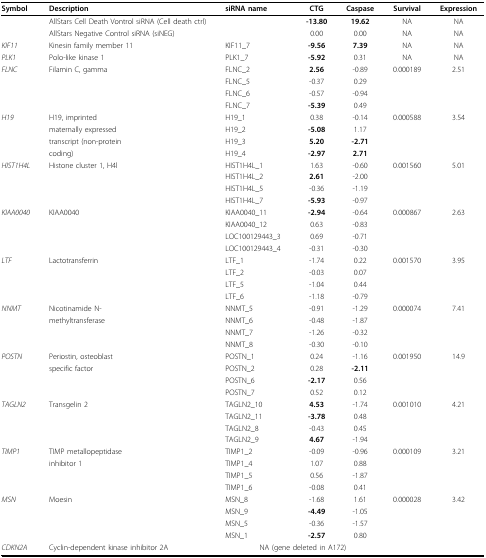
<table><thead><tr><td><b>Symbol</b></td><td><b>Description</b></td><td><b>siRNA name</b></td><td><b>CTG</b></td><td><b>Caspase</b></td><td><b>Survival</b></td><td><b>Expression</b></td></tr></thead><tbody><tr><td></td><td>AllStars Cell Death Vontrol siRNA (Cell death ctrl)</td><td></td><td><b>-13.80</b></td><td><b>19.62</b></td><td>NA</td><td>NA</td></tr><tr><td></td><td>AllStars Negative Control siRNA (siNEG)</td><td></td><td>0.00</td><td>0.00</td><td>NA</td><td>NA</td></tr><tr><td><i>KIF11</i></td><td>Kinesin family member 11</td><td>KIF11_7</td><td><b>-9.56</b></td><td><b>7.39</b></td><td>NA</td><td>NA</td></tr><tr><td><i>PLK1</i></td><td>Polo-like kinase 1</td><td>PLK1_7</td><td><b>-5.92</b></td><td>0.31</td><td>NA</td><td>NA</td></tr><tr><td><i>FLNC</i></td><td>Filamin C, gamma</td><td>FLNC_2</td><td><b>2.56</b></td><td>-0.89</td><td>0.000189</td><td>2.51</td></tr><tr><td></td><td></td><td>FLNC_5</td><td>-0.37</td><td>0.29</td><td></td><td></td></tr><tr><td></td><td></td><td>FLNC_6</td><td>-0.57</td><td>-0.94</td><td></td><td></td></tr><tr><td></td><td></td><td>FLNC_7</td><td><b>-5.39</b></td><td>0.49</td><td></td><td></td></tr><tr><td><i>H19</i></td><td>H19, imprinted</td><td>H19_1</td><td>0.38</td><td>-0.14</td><td>0.000588</td><td>3.54</td></tr><tr><td></td><td>maternally expressed</td><td>H19_2</td><td><b>-5.08</b></td><td>1.17</td><td></td><td></td></tr><tr><td></td><td>transcript (non-protein</td><td>H19_3</td><td><b>5.20</b></td><td><b>-2.71</b></td><td></td><td></td></tr><tr><td></td><td>coding)</td><td>H19_4</td><td><b>-2.97</b></td><td><b>2.71</b></td><td></td><td></td></tr><tr><td><i>HIST1H4L</i></td><td>Histone cluster 1, H4l</td><td>HIST1H4L_1</td><td>1.63</td><td>-0.60</td><td>0.001560</td><td>5.01</td></tr><tr><td></td><td></td><td>HIST1H4L_2</td><td><b>2.61</b></td><td>-2.00</td><td></td><td></td></tr><tr><td></td><td></td><td>HIST1H4L_5</td><td>-0.36</td><td>-1.19</td><td></td><td></td></tr><tr><td></td><td></td><td>HIST1H4L_7</td><td><b>-5.93</b></td><td>-0.97</td><td></td><td></td></tr><tr><td><i>KIAA0040</i></td><td>KIAA0040</td><td>KIAA0040_11</td><td><b>-2.94</b></td><td>-0.64</td><td>0.000867</td><td>2.63</td></tr><tr><td></td><td></td><td>KIAA0040_12</td><td>0.63</td><td>-0.83</td><td></td><td></td></tr><tr><td></td><td></td><td>LOC100129443_3</td><td>0.69</td><td>-0.71</td><td></td><td></td></tr><tr><td></td><td></td><td>LOC100129443_4</td><td>-0.31</td><td>-0.30</td><td></td><td></td></tr><tr><td><i>LTF</i></td><td>Lactotransferrin</td><td>LTF_1</td><td>-1.74</td><td>0.22</td><td>0.001570</td><td>3.95</td></tr><tr><td></td><td></td><td>LTF_2</td><td>-0.03</td><td>0.07</td><td></td><td></td></tr><tr><td></td><td></td><td>LTF_5</td><td>-1.04</td><td>0.44</td><td></td><td></td></tr><tr><td></td><td></td><td>LTF_6</td><td>-1.18</td><td>-0.79</td><td></td><td></td></tr><tr><td><i>NNMT</i></td><td>Nicotinamide N-</td><td>NNMT_5</td><td>-0.91</td><td>-1.29</td><td>0.000074</td><td>7.41</td></tr><tr><td></td><td>methyltransferase</td><td>NNMT_6</td><td>-0.48</td><td>-1.87</td><td></td><td></td></tr><tr><td></td><td></td><td>NNMT_7</td><td>-1.26</td><td>-0.32</td><td></td><td></td></tr><tr><td></td><td></td><td>NNMT_8</td><td>-0.30</td><td>-0.10</td><td></td><td></td></tr><tr><td><i>POSTN</i></td><td>Periostin, osteoblast</td><td>POSTN_1</td><td>0.24</td><td>-1.16</td><td>0.001950</td><td>14.9</td></tr><tr><td></td><td>specific factor</td><td>POSTN_2</td><td>0.28</td><td><b>-2.11</b></td><td></td><td></td></tr><tr><td></td><td></td><td>POSTN_6</td><td><b>-2.17</b></td><td>0.56</td><td></td><td></td></tr><tr><td></td><td></td><td>POSTN_7</td><td>0.52</td><td>0.12</td><td></td><td></td></tr><tr><td><i>TAGLN2</i></td><td>Transgelin 2</td><td>TAGLN2_10</td><td><b>4.53</b></td><td>-1.74</td><td>0.001010</td><td>4.21</td></tr><tr><td></td><td></td><td>TAGLN2_11</td><td><b>-3.78</b></td><td>0.48</td><td></td><td></td></tr><tr><td></td><td></td><td>TAGLN2_8</td><td>-0.43</td><td>0.45</td><td></td><td></td></tr><tr><td></td><td></td><td>TAGLN2_9</td><td><b>4.67</b></td><td>-1.94</td><td></td><td></td></tr><tr><td><i>TIMP1</i></td><td>TIMP metallopeptidase</td><td>TIMP1_2</td><td>-0.09</td><td>-0.96</td><td>0.000109</td><td>3.21</td></tr><tr><td></td><td>inhibitor 1</td><td>TIMP1_4</td><td>1.07</td><td>0.88</td><td></td><td></td></tr><tr><td></td><td></td><td>TIMP1_5</td><td>0.56</td><td>-1.87</td><td></td><td></td></tr><tr><td></td><td></td><td>TIMP1_6</td><td>-0.08</td><td>0.41</td><td></td><td></td></tr><tr><td><i>MSN</i></td><td>Moesin</td><td>MSN_8</td><td>-1.68</td><td>1.61</td><td>0.000028</td><td>3.42</td></tr><tr><td></td><td></td><td>MSN_9</td><td><b>-4.49</b></td><td>-1.05</td><td></td><td></td></tr><tr><td></td><td></td><td>MSN_5</td><td>-0.36</td><td>-1.57</td><td></td><td></td></tr><tr><td></td><td></td><td>MSN_1</td><td><b>-2.57</b></td><td>0.80</td><td></td><td></td></tr><tr><td><i>CDKN2A</i></td><td>Cyclin-dependent kinase inhibitor 2A</td><td colspan="3">NA (gene deleted in A172)</td><td></td><td></td></tr></tbody></table>